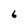
Character: 6